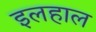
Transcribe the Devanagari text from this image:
इलहाल